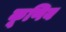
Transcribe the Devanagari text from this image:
कूणिय